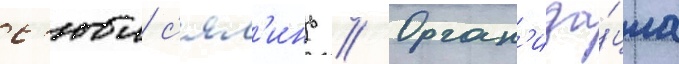
с'юи с'ял'инь // Орган'иза́циа